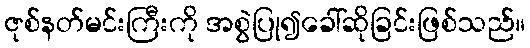
ဇုစ်နတ်မင်းကြီးကို အစွဲပြု၍ခေါ်ဆိုခြင်းဖြစ်သည်။